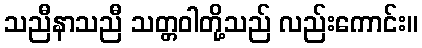
သညီနာသညီ သတ္တဝါတို့သည် လည်းကောင်း။